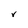
Character: V